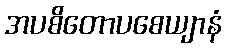
အပစိတောပစေယျာနံ